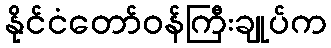
နိုင်ငံတော်ဝန်ကြီးချုပ်က